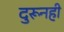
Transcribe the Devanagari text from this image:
दुरूनही